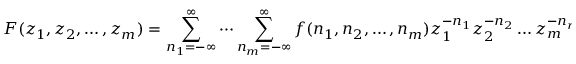
F ( z _ { 1 } , z _ { 2 } , \ldots , z _ { m } ) = \sum _ { n _ { 1 } = - \infty } ^ { \infty } \cdots \sum _ { n _ { m } = - \infty } ^ { \infty } f ( n _ { 1 } , n _ { 2 } , \ldots , n _ { m } ) z _ { 1 } ^ { - n _ { 1 } } z _ { 2 } ^ { - n _ { 2 } } \ldots z _ { m } ^ { - n _ { m } }